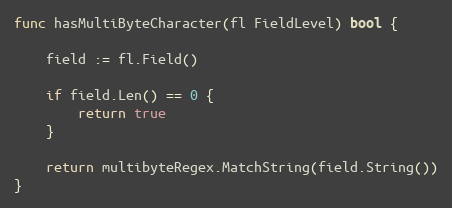
Language: Go
func hasMultiByteCharacter(fl FieldLevel) bool {

	field := fl.Field()

	if field.Len() == 0 {
		return true
	}

	return multibyteRegex.MatchString(field.String())
}